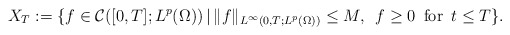
\begin{align*}X_{T}:=\{f\in\mathcal{C}([0,T];L^{p}(\Omega))\,|\, \|f\|_{L^{\infty}(0,T;L^{p}(\Omega))}\le M,\,\,\,f\ge0 \,\mbox{ for }\,t\le T\}.\end{align*}